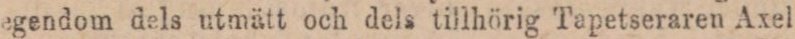
egendom dels utmätt och dels tillhörig Tapetseraren Axel